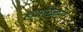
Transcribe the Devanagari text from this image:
ख्वारिज़मी